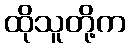
ထိုသူတို့က